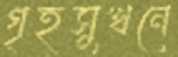
গৃহসুখনে